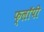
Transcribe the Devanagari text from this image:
फ्लाॅपी